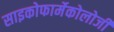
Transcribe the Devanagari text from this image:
साइकोफार्मेकोलोजी